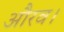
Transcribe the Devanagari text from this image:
औरव।